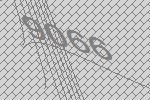
9066